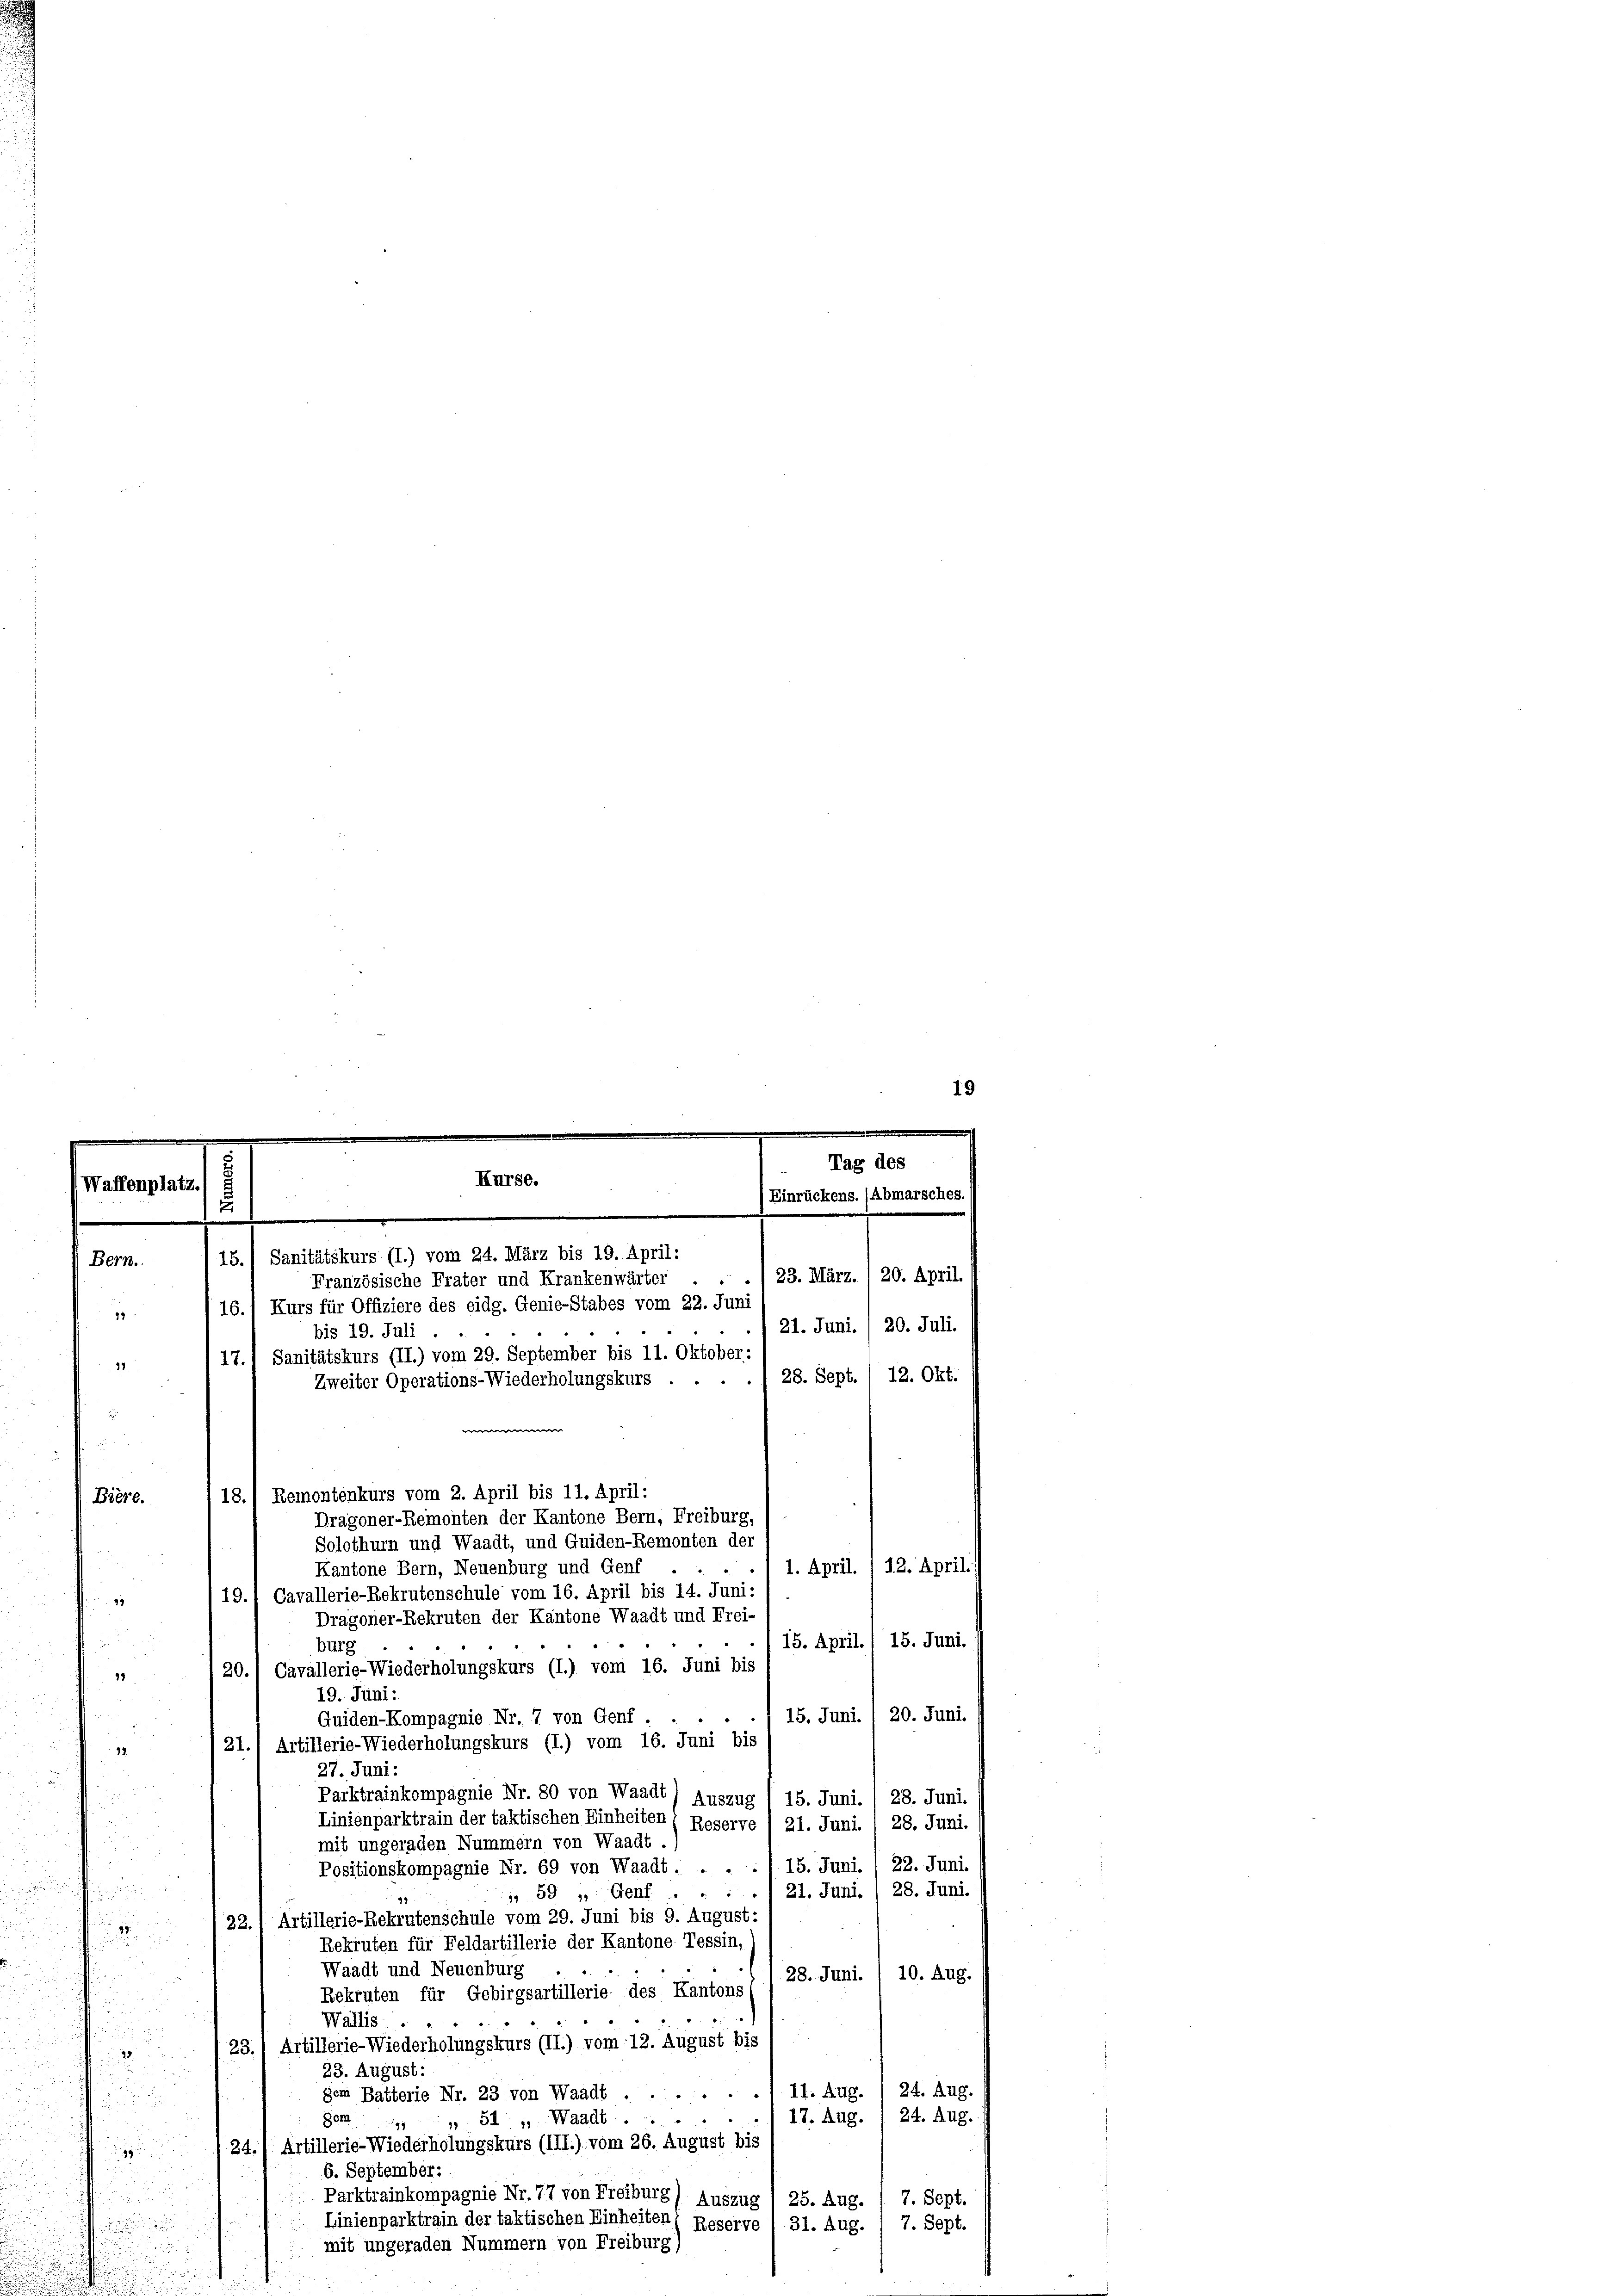
19

16.) Kurs für Offiziere des eidg. Genie-Stabes vom 22. Juni
bis 19. Juli
17.1 Sanitätskurs (II.) vom 29. September bis 11. Oktober,
18.
Zweiter Operations-Wiederholungskurs .

a

.
Tag des
Kurse.
Waffenplatz.
2
Einrückens. (Abmarsches.
u
.
e
15.1 Sanitätskurs (I.) vom 24. März bis 19. April:
Bern.
23. März. 1 20. April.
Französische Frater und Krankenwärter

Biere.
1. April. § 12. April.
Kantone Bern, Neuenburg und Genf
19.) Cavallerie-Rekrutenschule vom 16. April bis 14. Juni:
99
Dragoner-Rekruten der Kantone Waadt und Frei-
15. Juni.
15. April.
burg
n
20.) Cavallerie-Wiederholungskurs (I.) vom 16. Juni bis
18
19. Juni:
s
15. Juni. , 20. Juni.
Guiden-Kompagnie Nr. 7 von Genf . . .
28
21.) Artillerie-Wiederholungskurs (I.) vom 16. Juni bis
32.
27. Juni:

Parktrainkompagnie Nr. 80 von Waadt) Auszug (15. Juni. / 28. Juni.
Linienparktrain der taktischen Einheiten ( Reserve 1 21. Juni. , 28. Juni.
mit ungeraden Nummern von Waadt .
22. Juni.
Positionskompagnie Nr. 69 von Waadt . . . . 1. 15. Juni.

/ 21. Juni., 28. Juni.
 59 " Genf
22.) Artillerie-Rekrutenschule vom 29. Juni bis 9. August:

Rekruten für Feldartillerie der Kantone Tessin,
Waadt und Neuenburg
28. Juni. / 10. Aug.
Rekruten für Gebirgsartillerie des Kantons
Wallis
23.) Artillerie-Wiederholungskurs (II.) vom 12. August bis
u
23. August:
24. Aug.
gen Batterie Nr. 23 von Waadt ....... 11. Aug.
24. Aug.
17. Aug.
Gem" 51, Waadt.
24.) Artillerie-Wiederholungskurs (III.) vom 26. August bis
99
6. September:
Parktrainkompagnie Nr. 77 von Freiburg) Auszug
7. Sept.
25. Aug.
Linienparktrain der taktischen Einheiten
7. Sept.
Reserve
31. Aug.
mit ungeraden Nummern von Freiburg,

13

18.) Remontenkurs vom 2. April bis 11. April:
Dragoner-Remonten der Kantone Bern, Freiburg,
Solothurn und Waadt, und Guiden-Remonten der

21. Juni. / 20. Juli.
28. Sept. 12. Okt.